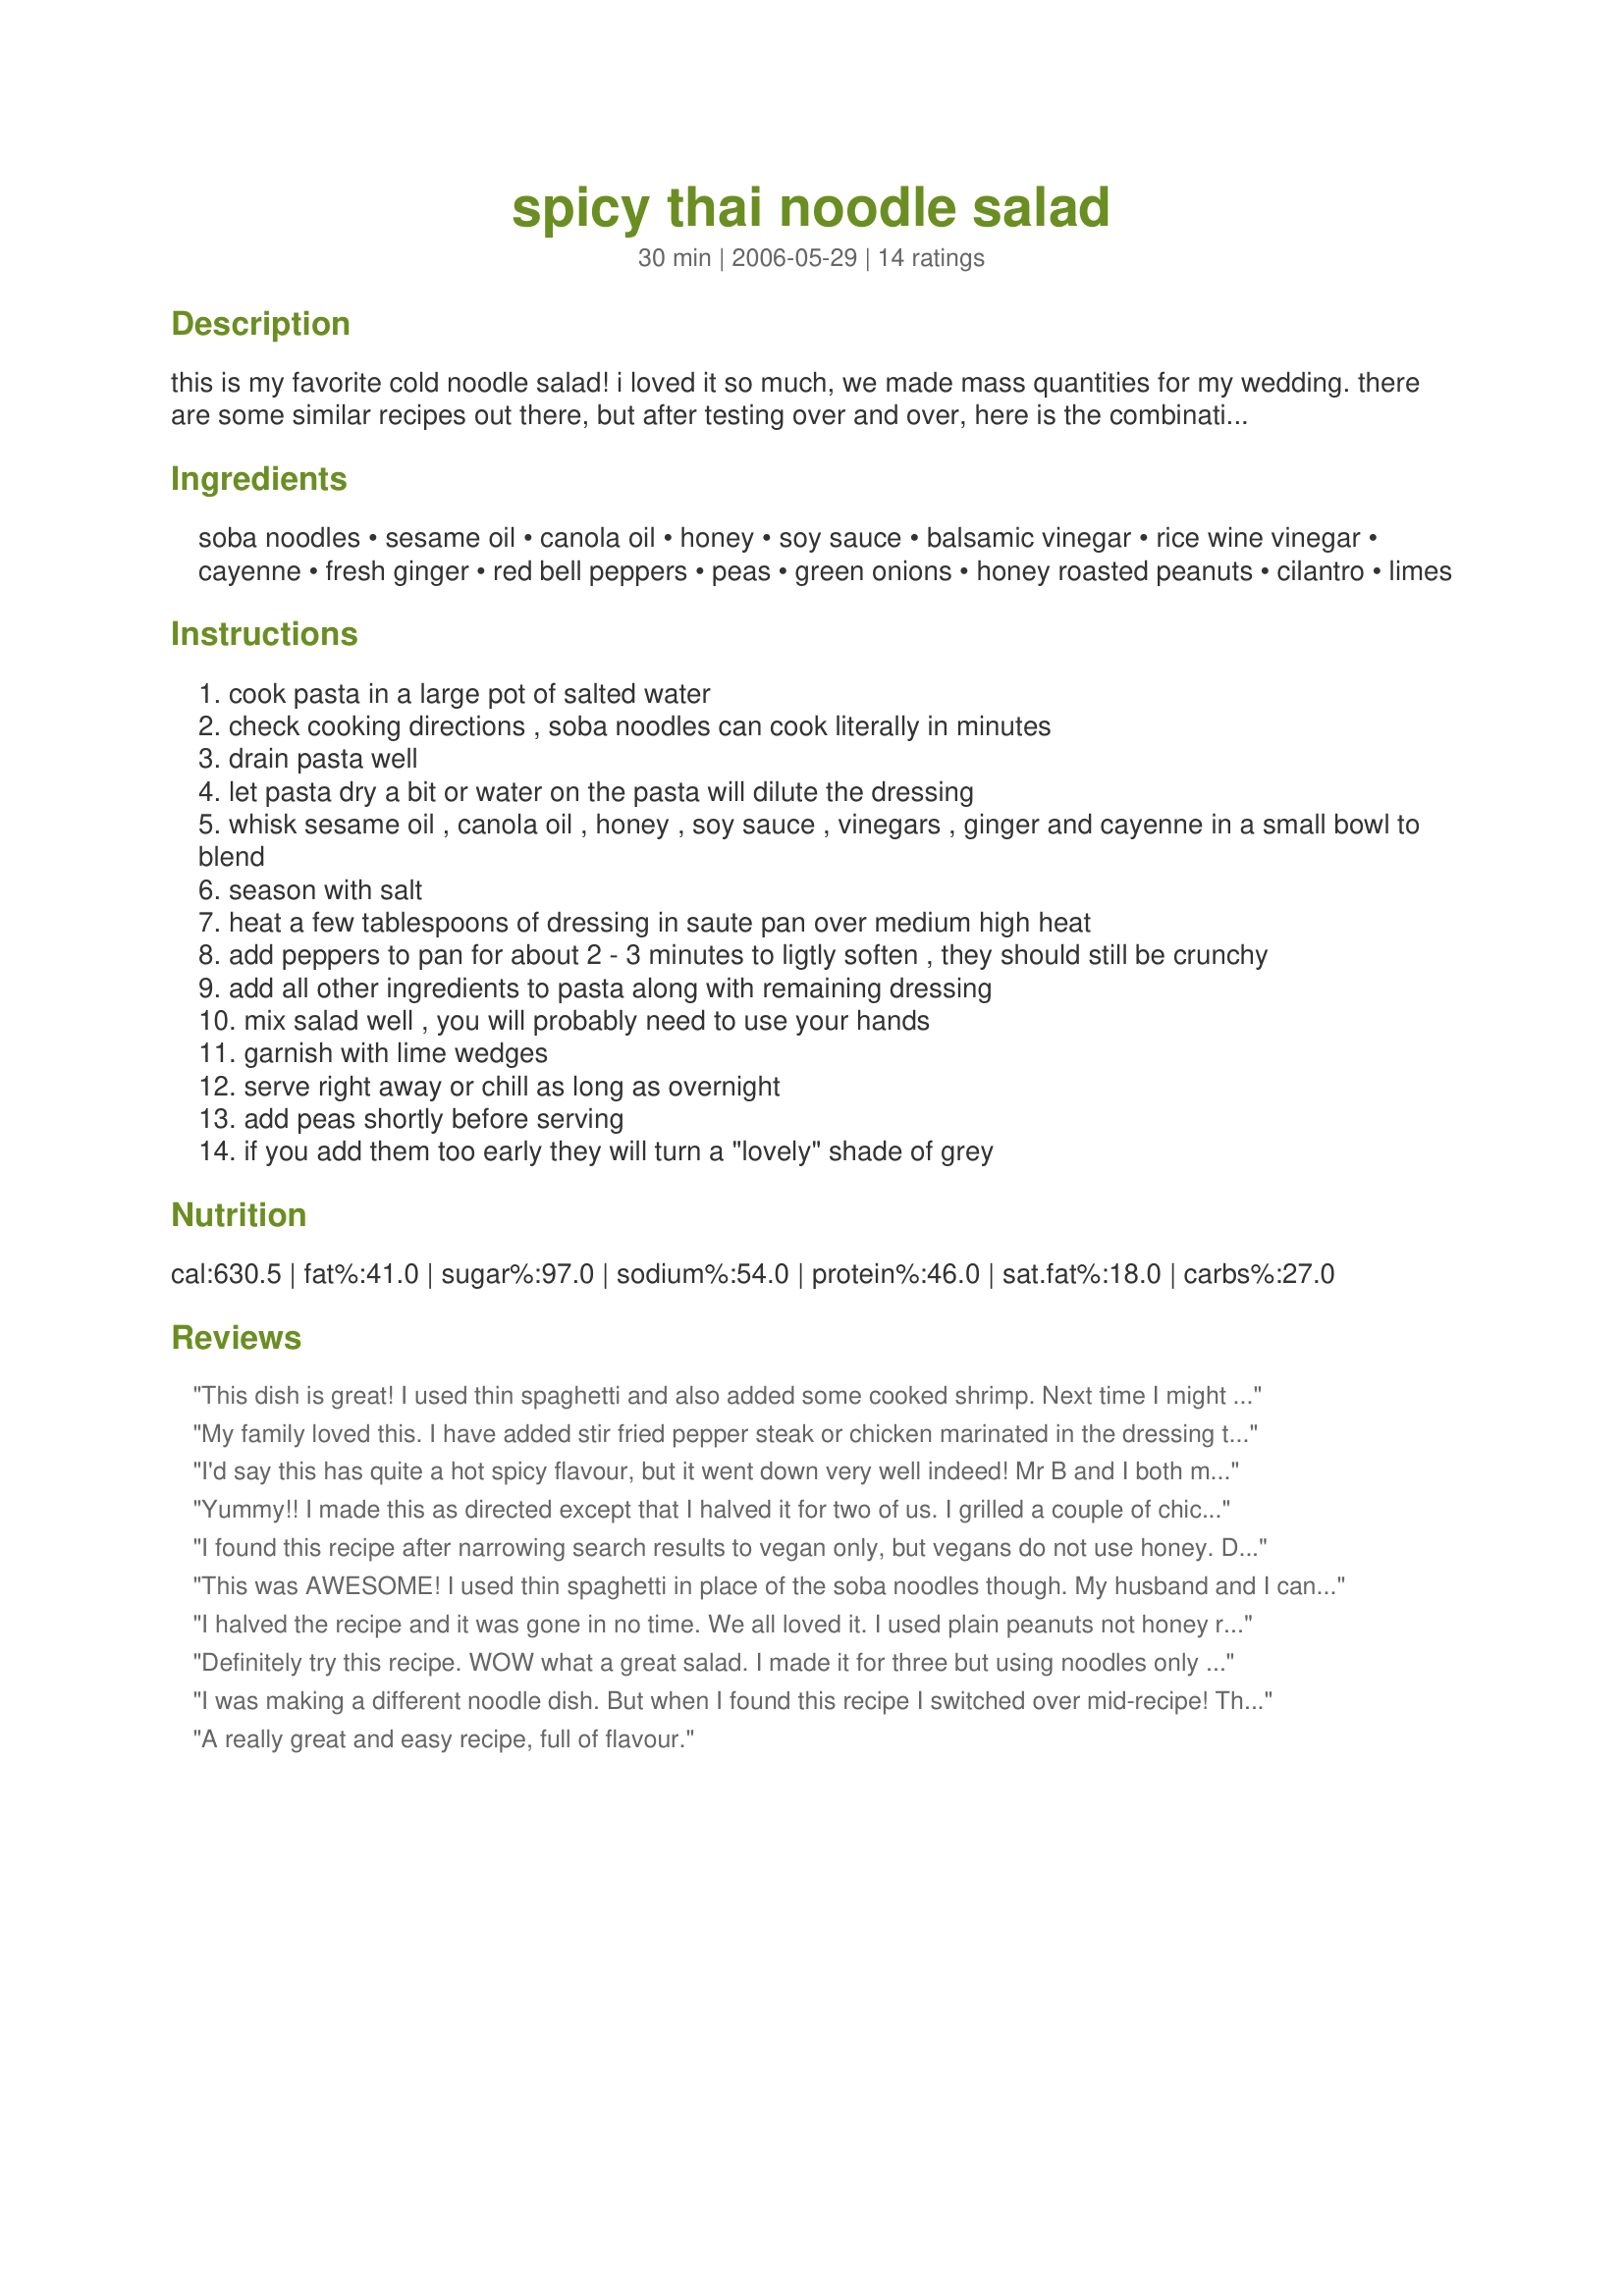
spicy thai noodle salad
Preparation time: 30 minutes

this is my favorite cold noodle salad! i loved it so much, we made mass quantities for my wedding. there are some similar recipes out there, but after testing over and over, here is the combination that i think works best. i kept the recipe vegetarian, but i usually add cooked bay shrimp. you can add any kind of meat or veggies!! you can also omit or add more of the cayenne depending on your "spicy tolerance"! you can certainly substitute spaghetti for the soba noodles, but soba noodles really work best.

Ingredients:
soba noodles, sesame oil, canola oil, honey, soy sauce, balsamic vinegar, rice wine vinegar, cayenne, fresh ginger, red bell peppers, peas, green onions, honey roasted peanuts, cilantro, limes

Steps:
cook pasta in a large pot of salted water
check cooking directions , soba noodles can cook literally in minutes
drain pasta well
let pasta dry a bit or water on the pasta will dilute the dressing
whisk sesame oil , canola oil , honey , soy sauce , vinegars , ginger and cayenne in a small bowl to blend
season with salt
heat a few tablespoons of dressing in saute pan over medium high heat
add peppers to pan for about 2 - 3 minutes to ligtly soften , they should still be crunchy
add all other ingredients to pasta along with remaining dressing
mix salad well , you will probably need to use your hands
garnish with lime wedges
serve right away or chill as long as overnight
add peas shortly before serving
if you add them too early they will turn a "lovely" shade of grey

Reviews:
This dish is great! I used thin spaghetti and also added some cooked shrimp. Next time I might add some shredded carrots and edemame as suggested by another reviewer. Thanks for posting!
My family loved this. I have added stir fried pepper steak or chicken marinated in the dressing to to make this dish a hearty main course. I also find that shredded carrots are a nice addition.
I'd say this has quite a hot spicy flavour, but it went down very well indeed! Mr B and I both marked this a 4*, but afterwards I realised I had forgotten to add the peanuts (oops!). Perhaps this marking is a little unfair, but I'm sure there will be fans of Thai cuisine who will be happy to give it 5. I served this dish warm, so I do have a good excuse to make it again sometime to try it chilled!
Yummy!! I made this as directed except that I halved it for two of us. I grilled a couple of chicken breasts to have on the side, served it warm, and we devoured the whole dinner. Thanks Mrs Goodall for a new keeper.
I found this recipe after narrowing search results to vegan only, but vegans do not use honey. Disappointing, but I will try it and substitute raw sugar or maple syrup instead.
This was AWESOME! I used thin spaghetti in place of the soba noodles though. My husband and I can't stop eating it!!!
I halved the recipe and it was gone in no time. We all loved it. I used plain peanuts not honey roasted peanuts and I liked it this way. Plan on making again! Thanks for sharing this recipe, Mrs Doodall!
Definitely try this recipe. WOW what a great salad. I made it for three but using noodles only for two. Didn't saute the peppers and used sugar snap peas. I also added half a roasted chicken breast. Would be great also with shrimp. I could eat this salad all the time.
I was making a different noodle dish. But when I found this recipe I switched over mid-recipe! The flavors are wonderful
A really great and easy recipe, full of flavour.
I'm not a fan of soba noodles but I did use spaghetti. This was different for me but soooooo good. I enjoy the vinegar taste to it. I love it. I've never had anything like this. Thank you for this experience. YummO!!!
Fantastic! It's a little on the oilier side than I usually make, but on the plus side it's not at all dry! I really liked the dressing, and although I'm vegan I do eat honey so I used some - I could see subbing agave nectar instead or maybe brown rice syrup. I left out all the cayenne just to please my diners who don't like spice, but if it were just for me I'd have put some in. I had no peanuts so I used some raw cashews instead and sprinkled with sesame seeds. I will gladly serve this at my next get together or potluck maybe with some cubed smoked tofu thrown in. Thanks!
OMG!! Talk about an addicting salad. I couldn't stop eating it! I cut it in half and was sorry I didn't make the whole thing. I used edamame instead of green peas and added some chopped raw carrots. I'm making this one for company. It's to die for! Thanks so much!!
I think this is very tasty. I halved the recipe. I thought it was more sweet than spicy. I really like the green onions and peanuts together! Thanks for a great new dish.
